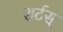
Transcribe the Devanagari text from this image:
शर्टस्